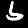
Label: 6